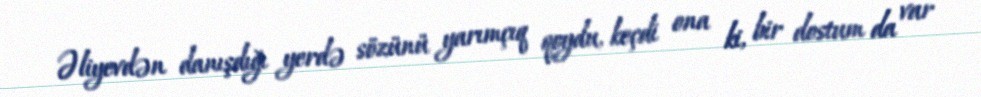
Əliyevdən danışdığı yerdə sözünü yarımçıq qoydu, keçdi ona ki, bir dostum da var